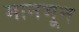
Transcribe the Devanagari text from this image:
मानभून